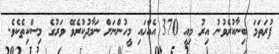
ފުރަތަމަ ބިނާކުރެވުނު އިރު މިއީ 370 އެއްހައި މީހުންނަށް ނަމާދުކުރެވޭ ވަރުގެ މިސްކިތެކެވެ.